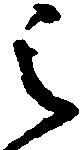
之